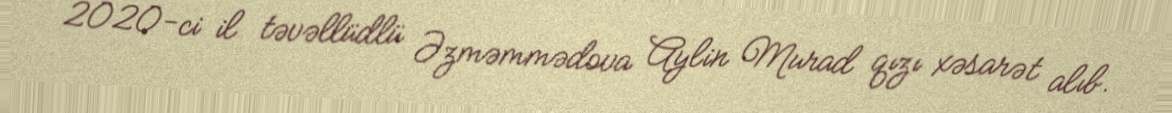
2020-ci il təvəllüdlü Əzməmmədova Aylin Murad qızı xəsarət alıb.